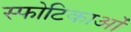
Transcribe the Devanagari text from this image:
स्फोटिकाओं